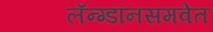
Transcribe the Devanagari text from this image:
लॅन्ग्डॉनसमवेत